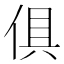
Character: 俱